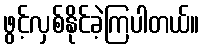
ဖွင့်လှစ်နိုင်ခဲ့ကြပါတယ်။